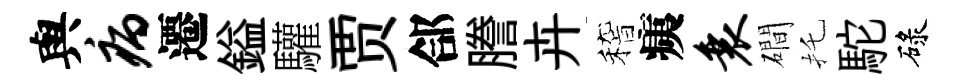
與病遷鎰驩贾郃謄卉稽痍衰磵托駝碌